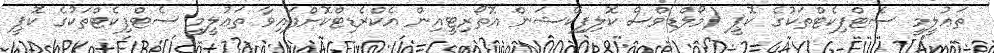
ތަޢުލީމީ ސެޓްފިކެޓްތަކުގެ ކޮޕީ (މޯލްޑިވްސް ކޮލިފިކޭޝަން އޮތޯރިޓީއިން އެކްރެޑިޓްކޮށްފައިވާ ތަޢުލީމީ ސެޓްފިކެޓްތަކުގެ ކޮޕީ